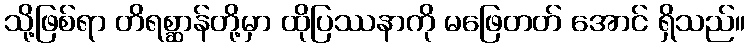
သို့ဖြစ်ရာ တိရစ္ဆာန်တို့မှာ ထိုပြဿနာကို မဖြေတတ် အောင် ရှိသည်။